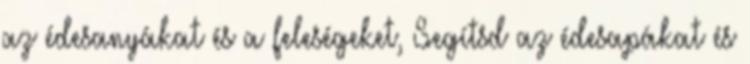
az édesanyákat és a feleségeket, Segítsd az édesapákat és